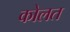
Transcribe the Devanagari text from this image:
कोलत